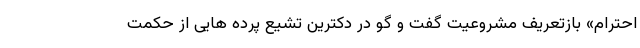
احترام» بازتعریف مشروعیت گفت و گو در دکترین تشیع پرده هایی از حکمت